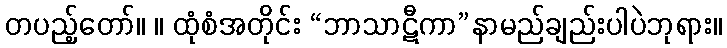
တပည့်တော်။ ။ ထုံစံအတိုင်း “ဘာသာဋီကာ”နာမည်ချည်းပါပဲဘုရား။